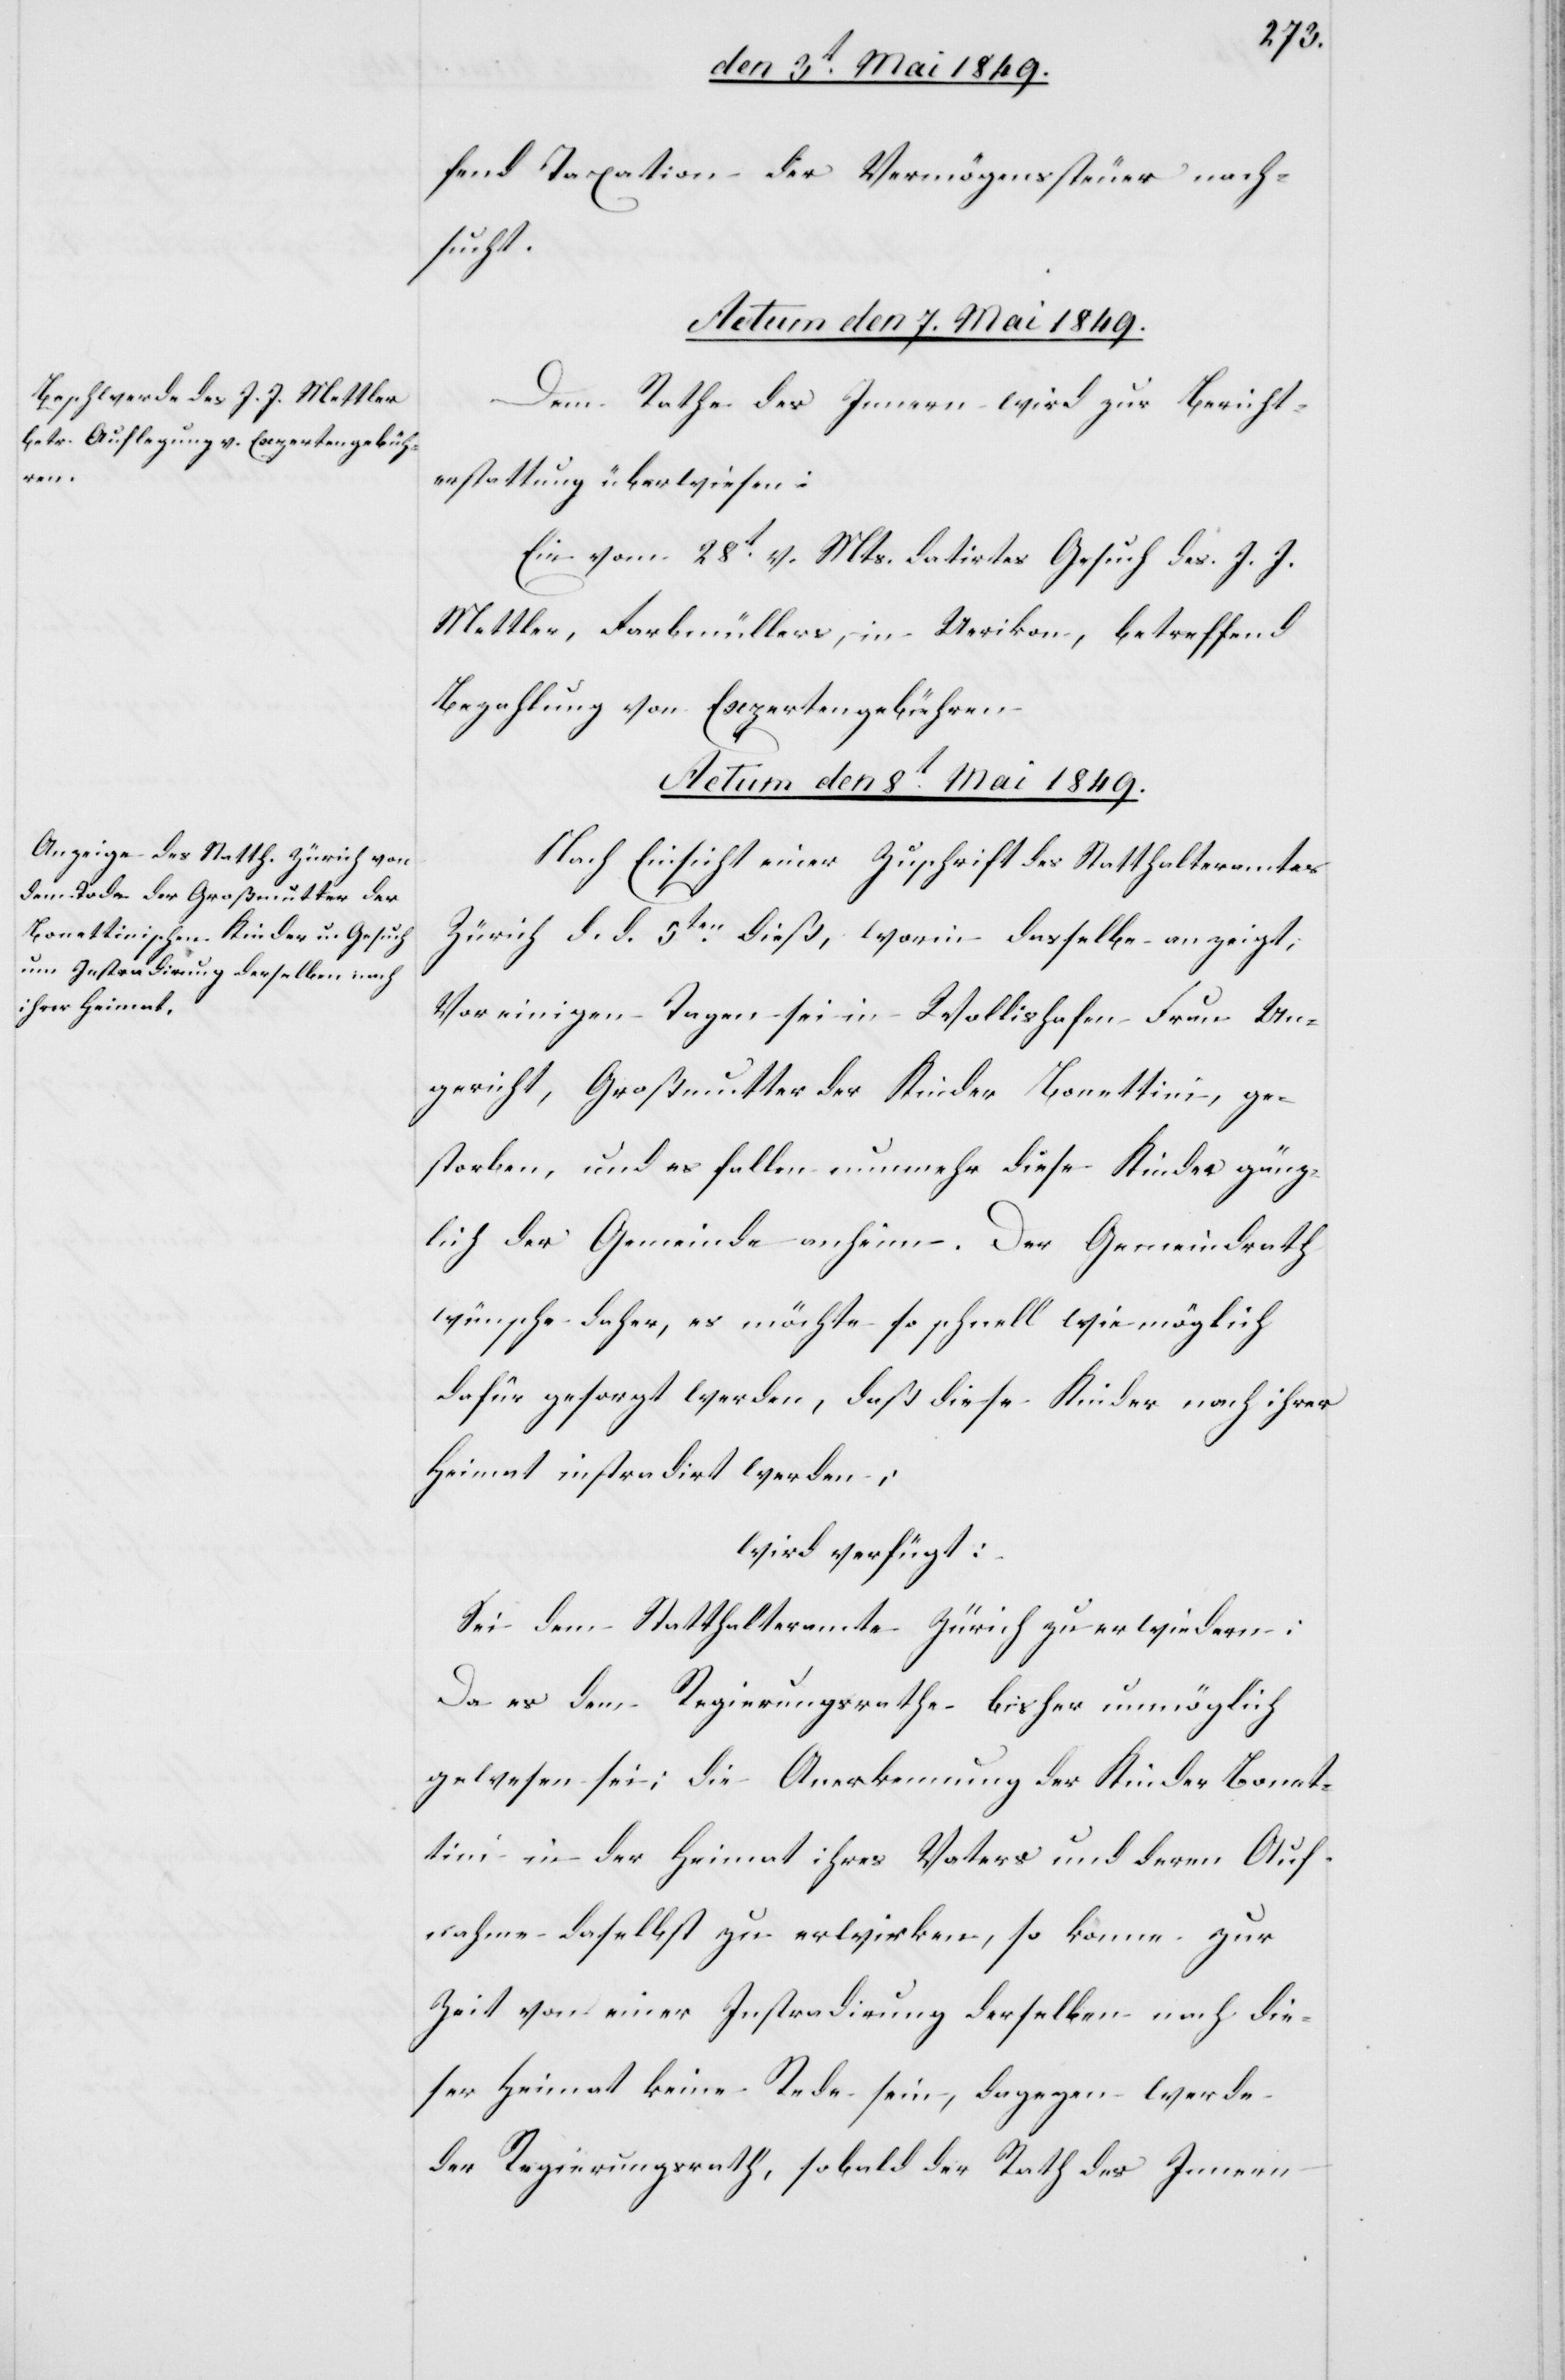
fend Taxation der Vermögenssteuer nach¬
sucht.
Actum den 7. Mai 1849.
Dem Rathe des Innern wird zur Bericht¬
erstattung überwiesen:
Ein vom 28t v. Mts. datirtes Gesuch des J. J.
Mettler, Farbmüllers, in Uerikon, betreffend
Bezahlung von Expertengebühren.
Actum den 8t Mai 1849.
Nach Einsicht einer Zuschrift des Statthalteramtes
Zürich d. d. 5ten dieß, worin dasselbe anzeigt;
Vor einigen Tagen sei in Wollishofen Frau Un¬
gericht, Großmutter der Kinder Bonettini, ge¬
storben, und es fallen nunmehr diese Kinder gänz¬
lich der Gemeinde anheim. Der Gemeindrath
wünsche daher, es möchte so schnell wie möglich
dafür gesorgt werden, daß diese Kinder nach ihrer
Heimat instradirt werden:
wird verfügt:
Sei dem Statthalteramte Zürich zu erwiedern:
Da es dem Regierungsrathe bisher unmöglich
gewesen sei: die Anerkennung der Kinder Bonat¬
tini in der Heimat ihres Vaters und deren Auf¬
nahme daselbst zu erwirken, so könne zur
Zeit von einer Instradirung derselben nach die¬
ser Heimat keine Rede sein, dagegen werde
der Regierungsrath, sobald der Rath des Innern